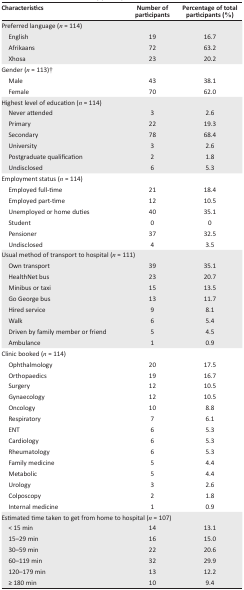
<table><thead><tr><td><b>Characteristics</b></td><td><b>Number of participants</b></td><td><b>Percentage of total participants (%)</b></td></tr></thead><tbody><tr><td colspan="3">Preferred language (<i>n</i> = 114)</td></tr><tr><td> English</td><td>19</td><td>16.7</td></tr><tr><td> Afrikaans</td><td>72</td><td>63.2</td></tr><tr><td> Xhosa</td><td>23</td><td>20.2</td></tr><tr><td colspan="3">Gender (<i>n</i> = 113)†</td></tr><tr><td> Male</td><td>43</td><td>38.1</td></tr><tr><td> Female</td><td>70</td><td>62.0</td></tr><tr><td colspan="3">Highest level of education (<i>n</i> = 114)</td></tr><tr><td> Never attended</td><td>3</td><td>2.6</td></tr><tr><td> Primary</td><td>22</td><td>19.3</td></tr><tr><td> Secondary</td><td>78</td><td>68.4</td></tr><tr><td> University</td><td>3</td><td>2.6</td></tr><tr><td> Postgraduate qualification</td><td>2</td><td>1.8</td></tr><tr><td> Undisclosed</td><td>6</td><td>5.3</td></tr><tr><td colspan="3">Employment status (<i>n</i> = 114)</td></tr><tr><td> Employed full-time</td><td>21</td><td>18.4</td></tr><tr><td> Employed part-time</td><td>12</td><td>10.5</td></tr><tr><td> Unemployed or home duties</td><td>40</td><td>35.1</td></tr><tr><td> Student</td><td>0</td><td>0</td></tr><tr><td> Pensioner</td><td>37</td><td>32.5</td></tr><tr><td> Undisclosed</td><td>4</td><td>3.5</td></tr><tr><td colspan="3">Usual method of transport to hospital (<i>n</i> = 111)</td></tr><tr><td> Own transport</td><td>39</td><td>35.1</td></tr><tr><td> HealthNet bus</td><td>23</td><td>20.7</td></tr><tr><td> Minibus or taxi</td><td>15</td><td>13.5</td></tr><tr><td> Go George bus</td><td>13</td><td>11.7</td></tr><tr><td> Hired service</td><td>9</td><td>8.1</td></tr><tr><td> Walk</td><td>6</td><td>5.4</td></tr><tr><td> Driven by family member or friend</td><td>5</td><td>4.5</td></tr><tr><td> Ambulance</td><td>1</td><td>0.9</td></tr><tr><td colspan="3">Clinic booked (<i>n</i> = 114)</td></tr><tr><td> Ophthalmology</td><td>20</td><td>17.5</td></tr><tr><td> Orthopaedics</td><td>19</td><td>16.7</td></tr><tr><td> Surgery</td><td>12</td><td>10.5</td></tr><tr><td> Gynaecology</td><td>12</td><td>10.5</td></tr><tr><td> Oncology</td><td>10</td><td>8.8</td></tr><tr><td> Respiratory</td><td>7</td><td>6.1</td></tr><tr><td> ENT</td><td>6</td><td>5.3</td></tr><tr><td> Cardiology</td><td>6</td><td>5.3</td></tr><tr><td> Rheumatology</td><td>6</td><td>5.3</td></tr><tr><td> Family medicine</td><td>5</td><td>4.4</td></tr><tr><td> Metabolic</td><td>5</td><td>4.4</td></tr><tr><td> Urology</td><td>3</td><td>2.6</td></tr><tr><td> Colposcopy</td><td>2</td><td>1.8</td></tr><tr><td> Internal medicine</td><td>1</td><td>0.9</td></tr><tr><td colspan="3">Estimated time taken to get from home to hospital (<i>n</i> = 107)</td></tr><tr><td> &lt; 15 min</td><td>14</td><td>13.1</td></tr><tr><td> 15–29 min</td><td>16</td><td>15.0</td></tr><tr><td> 30–59 min</td><td>22</td><td>20.6</td></tr><tr><td> 60–119 min</td><td>32</td><td>29.9</td></tr><tr><td> 120–179 min</td><td>13</td><td>12.2</td></tr><tr><td> ≥ 180 min</td><td>10</td><td>9.4</td></tr></tbody></table>